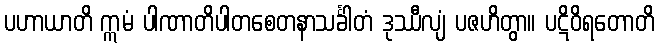
ပဟာယာတိ ဣမံ ပါဏာတိပါတစေတနာသင်္ခါတံ ဒုဿီလျံ ပဇဟိတွာ။ ပဋိဝိရတောတိ